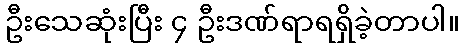
ဦးသေဆုံးပြီး ၄ ဦးဒဏ်ရာရရှိခဲ့တာပါ။